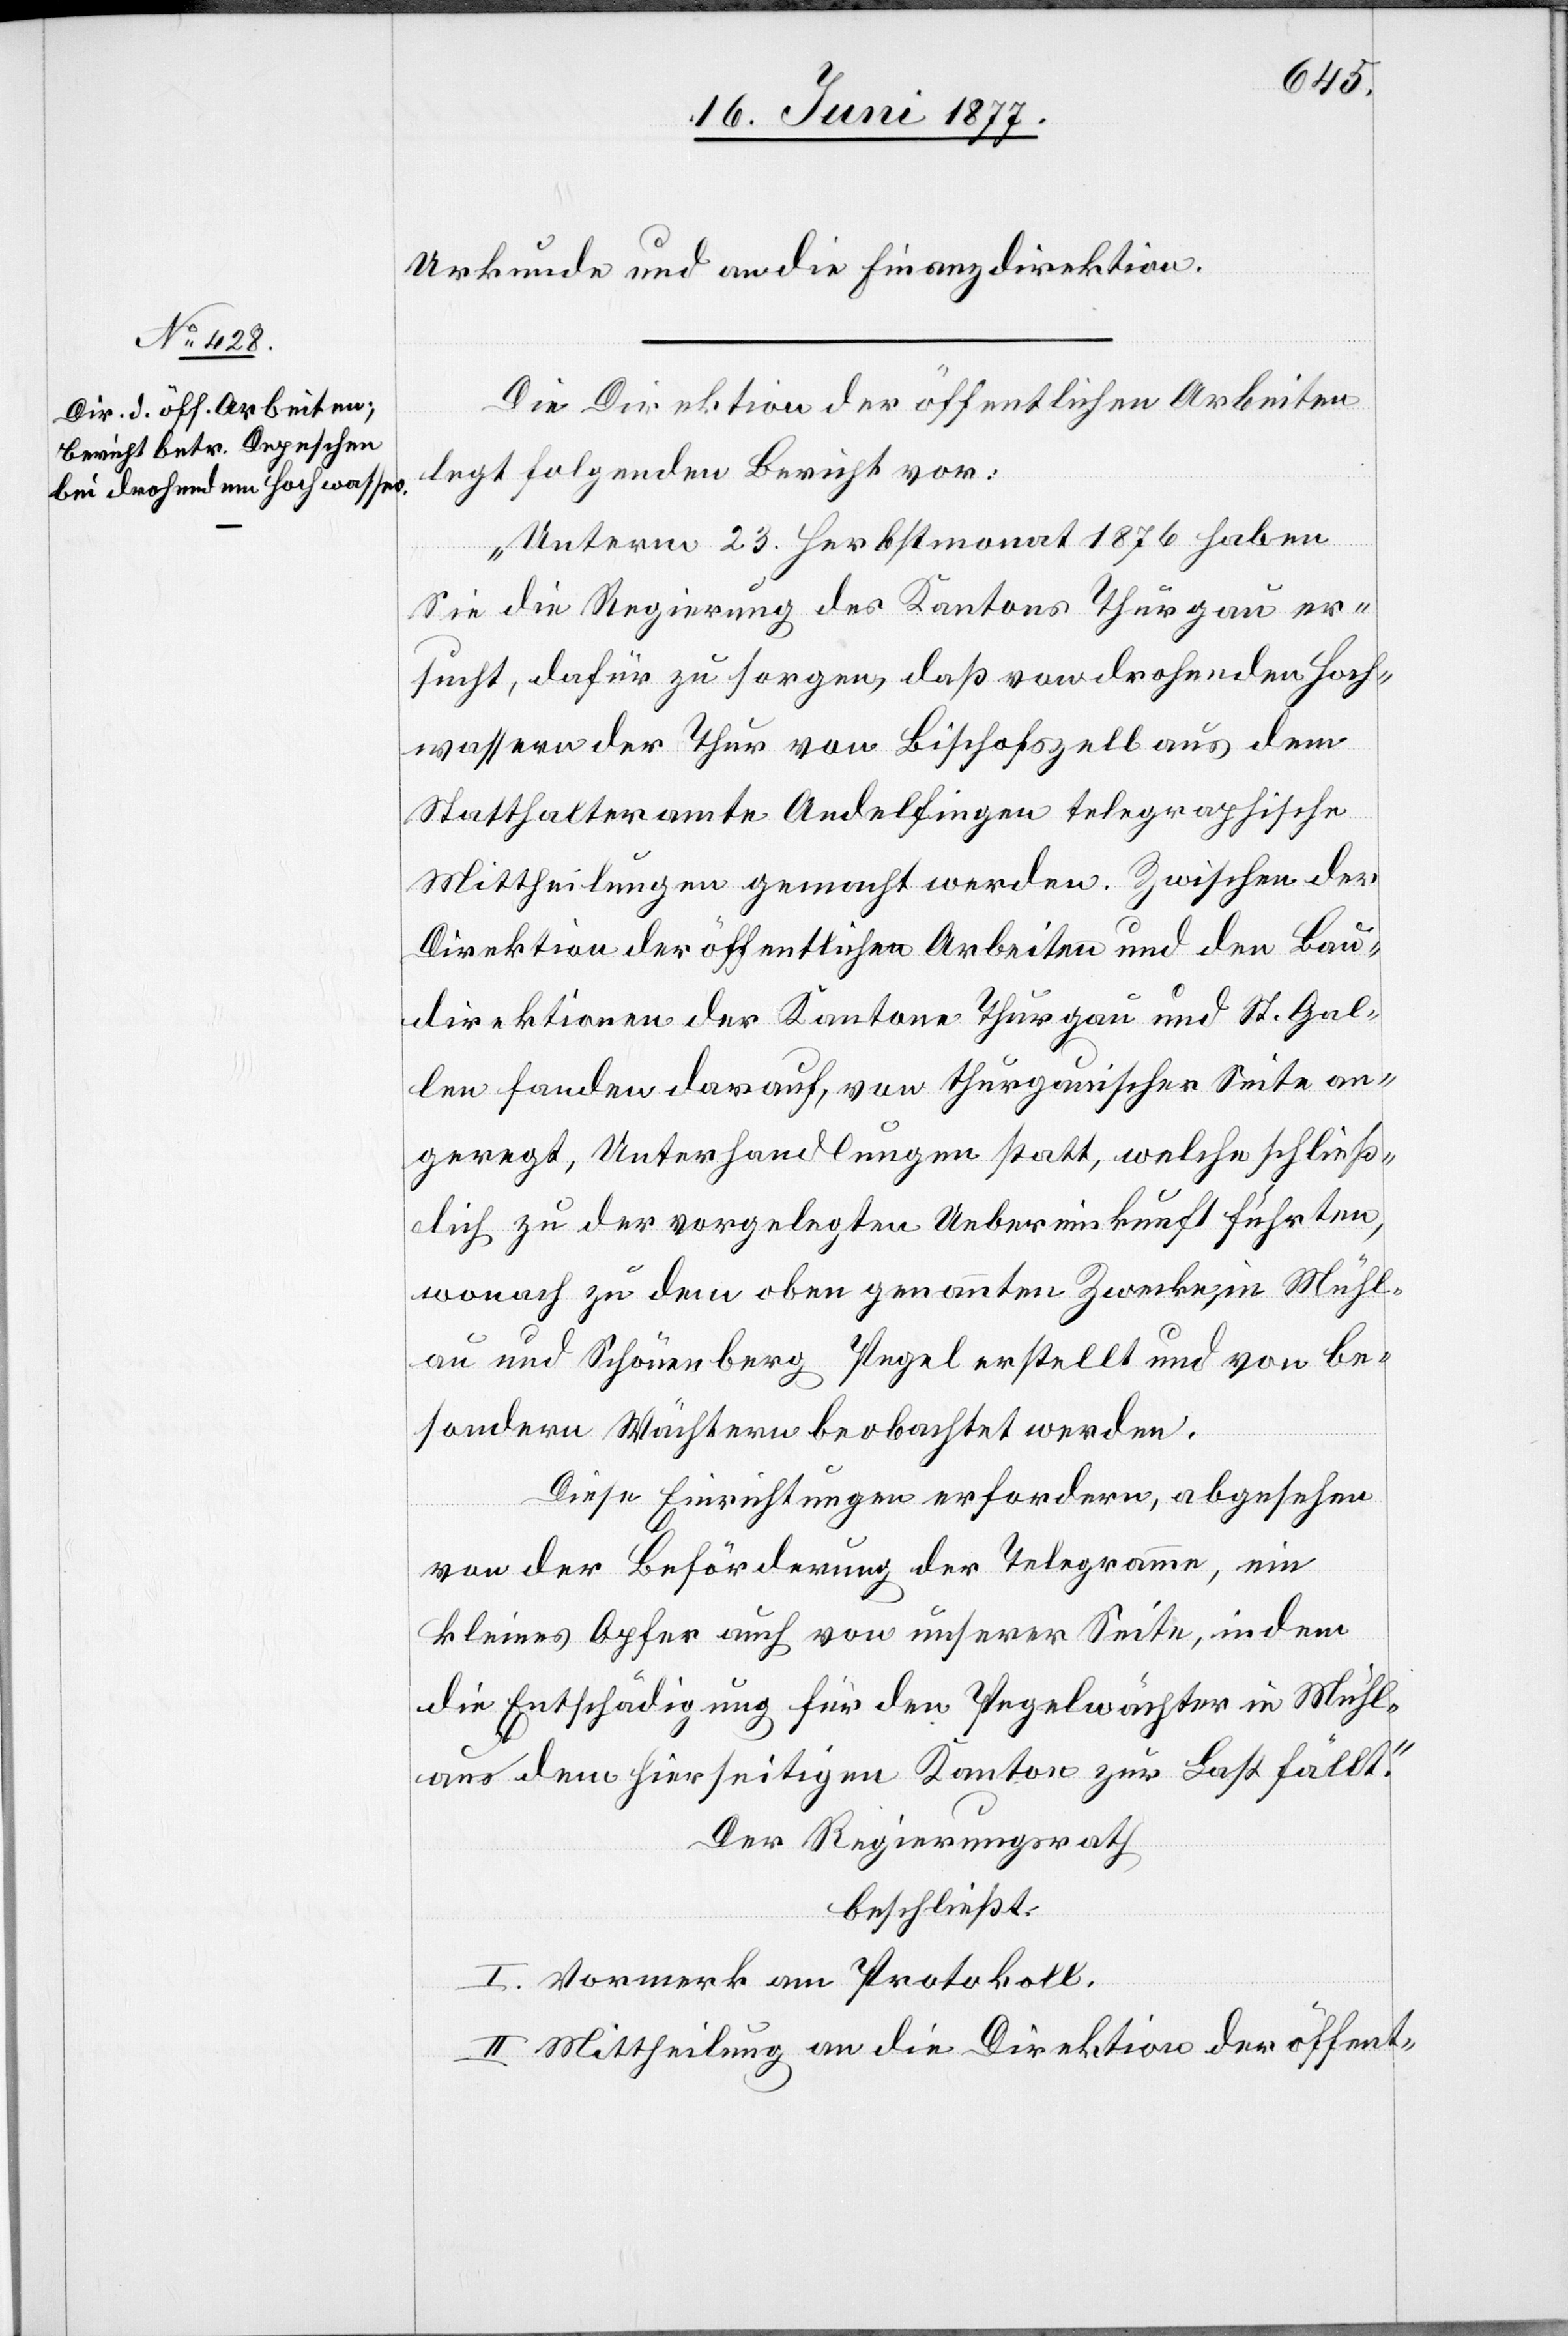
Urkunde und an die Finanzdirektion.
Die Direktion der öffentlichen Arbeiten
legt folgenden Bericht vor:
„Unterm 23. Herbstmonat 1876 haben
Sie die Regierung des Kantons Thurgau er¬
sucht, dafür zu sorgen, daß von drohenden Hoch¬
wassern der Thur von Bischofszell aus dem
Statthalteramte Andelfingen telegraphische
Mittheilungen gemacht werden. Zwischen der
Direktion der öffentlichen Arbeiten und den Bau¬
direktionen der Kantone Thurgau und St. Gal¬
len fanden darauf, von thurgauischer Seite an¬
geregt, Unterhandlungen statt, welche schließ¬
lich zu der vorgelegten Uebereinkunft führten,
wonach zu dem oben genannten Zwecke, in Mühl¬
au und Schönenberg Pegel erstellt und von be¬
sondern Wächtern beobachtet werden.
Diese Einrichtungen erfordern, abgesehen
von der Beförderung der Telegramme, ein
kleines Opfer auch von unserer Seite, indem
die Entschädigung der Pegelwächter in Mühl¬
dem hierseitigen Kanton zur Last fällt.“
Der Regierungsrath
beschließt:
I. Vormerk am Protokoll.
aus
II. Mittheilung an die Direktion der öffent-